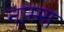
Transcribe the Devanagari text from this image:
नाम्मा